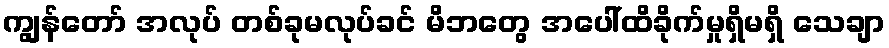
ကျွန်တော် အလုပ် တစ်ခုမလုပ်ခင် မိဘတွေ အပေါ်ထိခိုက်မှုရှိမရှိ သေချာ